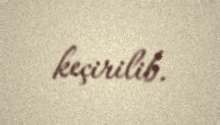
keçirilib.